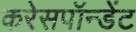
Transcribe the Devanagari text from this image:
करेसपॉन्डेंट